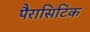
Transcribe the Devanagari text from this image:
पैरासिटिक